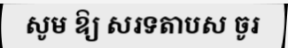
សូម ឱ្យ សរទតាបស ចូរ